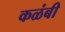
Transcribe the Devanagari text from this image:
कळंबी